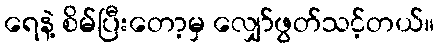
ရေနဲ့ စိမ်ပြီးတော့မှ လျှော်ဖွတ်သင့်တယ်။